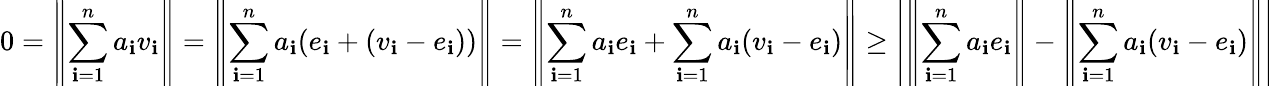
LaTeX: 0=\left\| \sum_{\mathbf{i}=1}^{n}a_{\mathbf{i}}v_{\mathbf{i}}\right\| =\left\| \sum_{\mathbf{i}=1}^{n}a_{\mathbf{i}}(e_{\mathbf{i}}+(v_{\mathbf{i}}-e_{\mathbf{i}}))\right\| =\left\| \sum_{\mathbf{i}=1}^{n}a_{\mathbf{i}}e_{\mathbf{i}}+\sum_{\mathbf{i}=1}^{n}a_{\mathbf{i}}(v_{\mathbf{i}}-e_{\mathbf{i}})\right\| \geq\left|\left\| \sum_{\mathbf{i}=1}^{n}a_{\mathbf{i}}e_{\mathbf{i}}\right\| -\left\| \sum_{\mathbf{i}=1}^{n}a_{\mathbf{i}}(v_{\mathbf{i}}-e_{\mathbf{i}})\right\| \right|